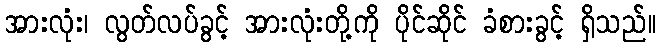
အားလုံး၊ လွတ်လပ်ခွင့် အားလုံးတို့ကို ပိုင်ဆိုင် ခံစားခွင့် ရှိသည်။